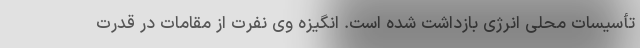
تأسیسات محلی انرژی بازداشت شده است. انگیزه وی نفرت از مقامات در قدرت